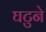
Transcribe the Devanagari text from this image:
घटुने